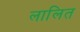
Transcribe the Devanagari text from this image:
लालित